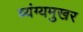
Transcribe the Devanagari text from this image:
व्यंग्यमुखर